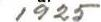
1925